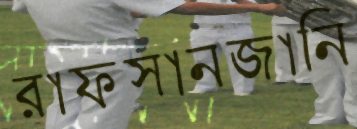
রাফসানজানি